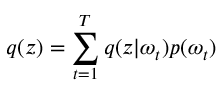
q ( \boldsymbol { z } ) = \sum _ { t = 1 } ^ { T } q ( \boldsymbol { z } | \omega _ { t } ) p ( \omega _ { t } )